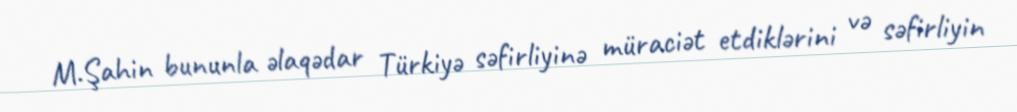
M.Şahin bununla əlaqədar Türkiyə səfirliyinə müraciət etdiklərini və səfirliyin